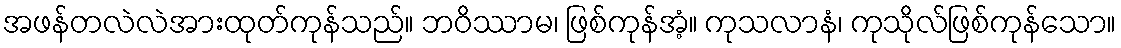
အဖန်တလဲလဲအားထုတ်ကုန်သည်။ ဘဝိဿာမ၊ ဖြစ်ကုန်အံ့။ ကုသလာနံ၊ ကုသိုလ်ဖြစ်ကုန်သော။